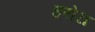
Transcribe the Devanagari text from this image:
हरोरा